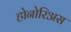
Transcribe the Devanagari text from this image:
होनोरिअस